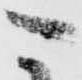
こ